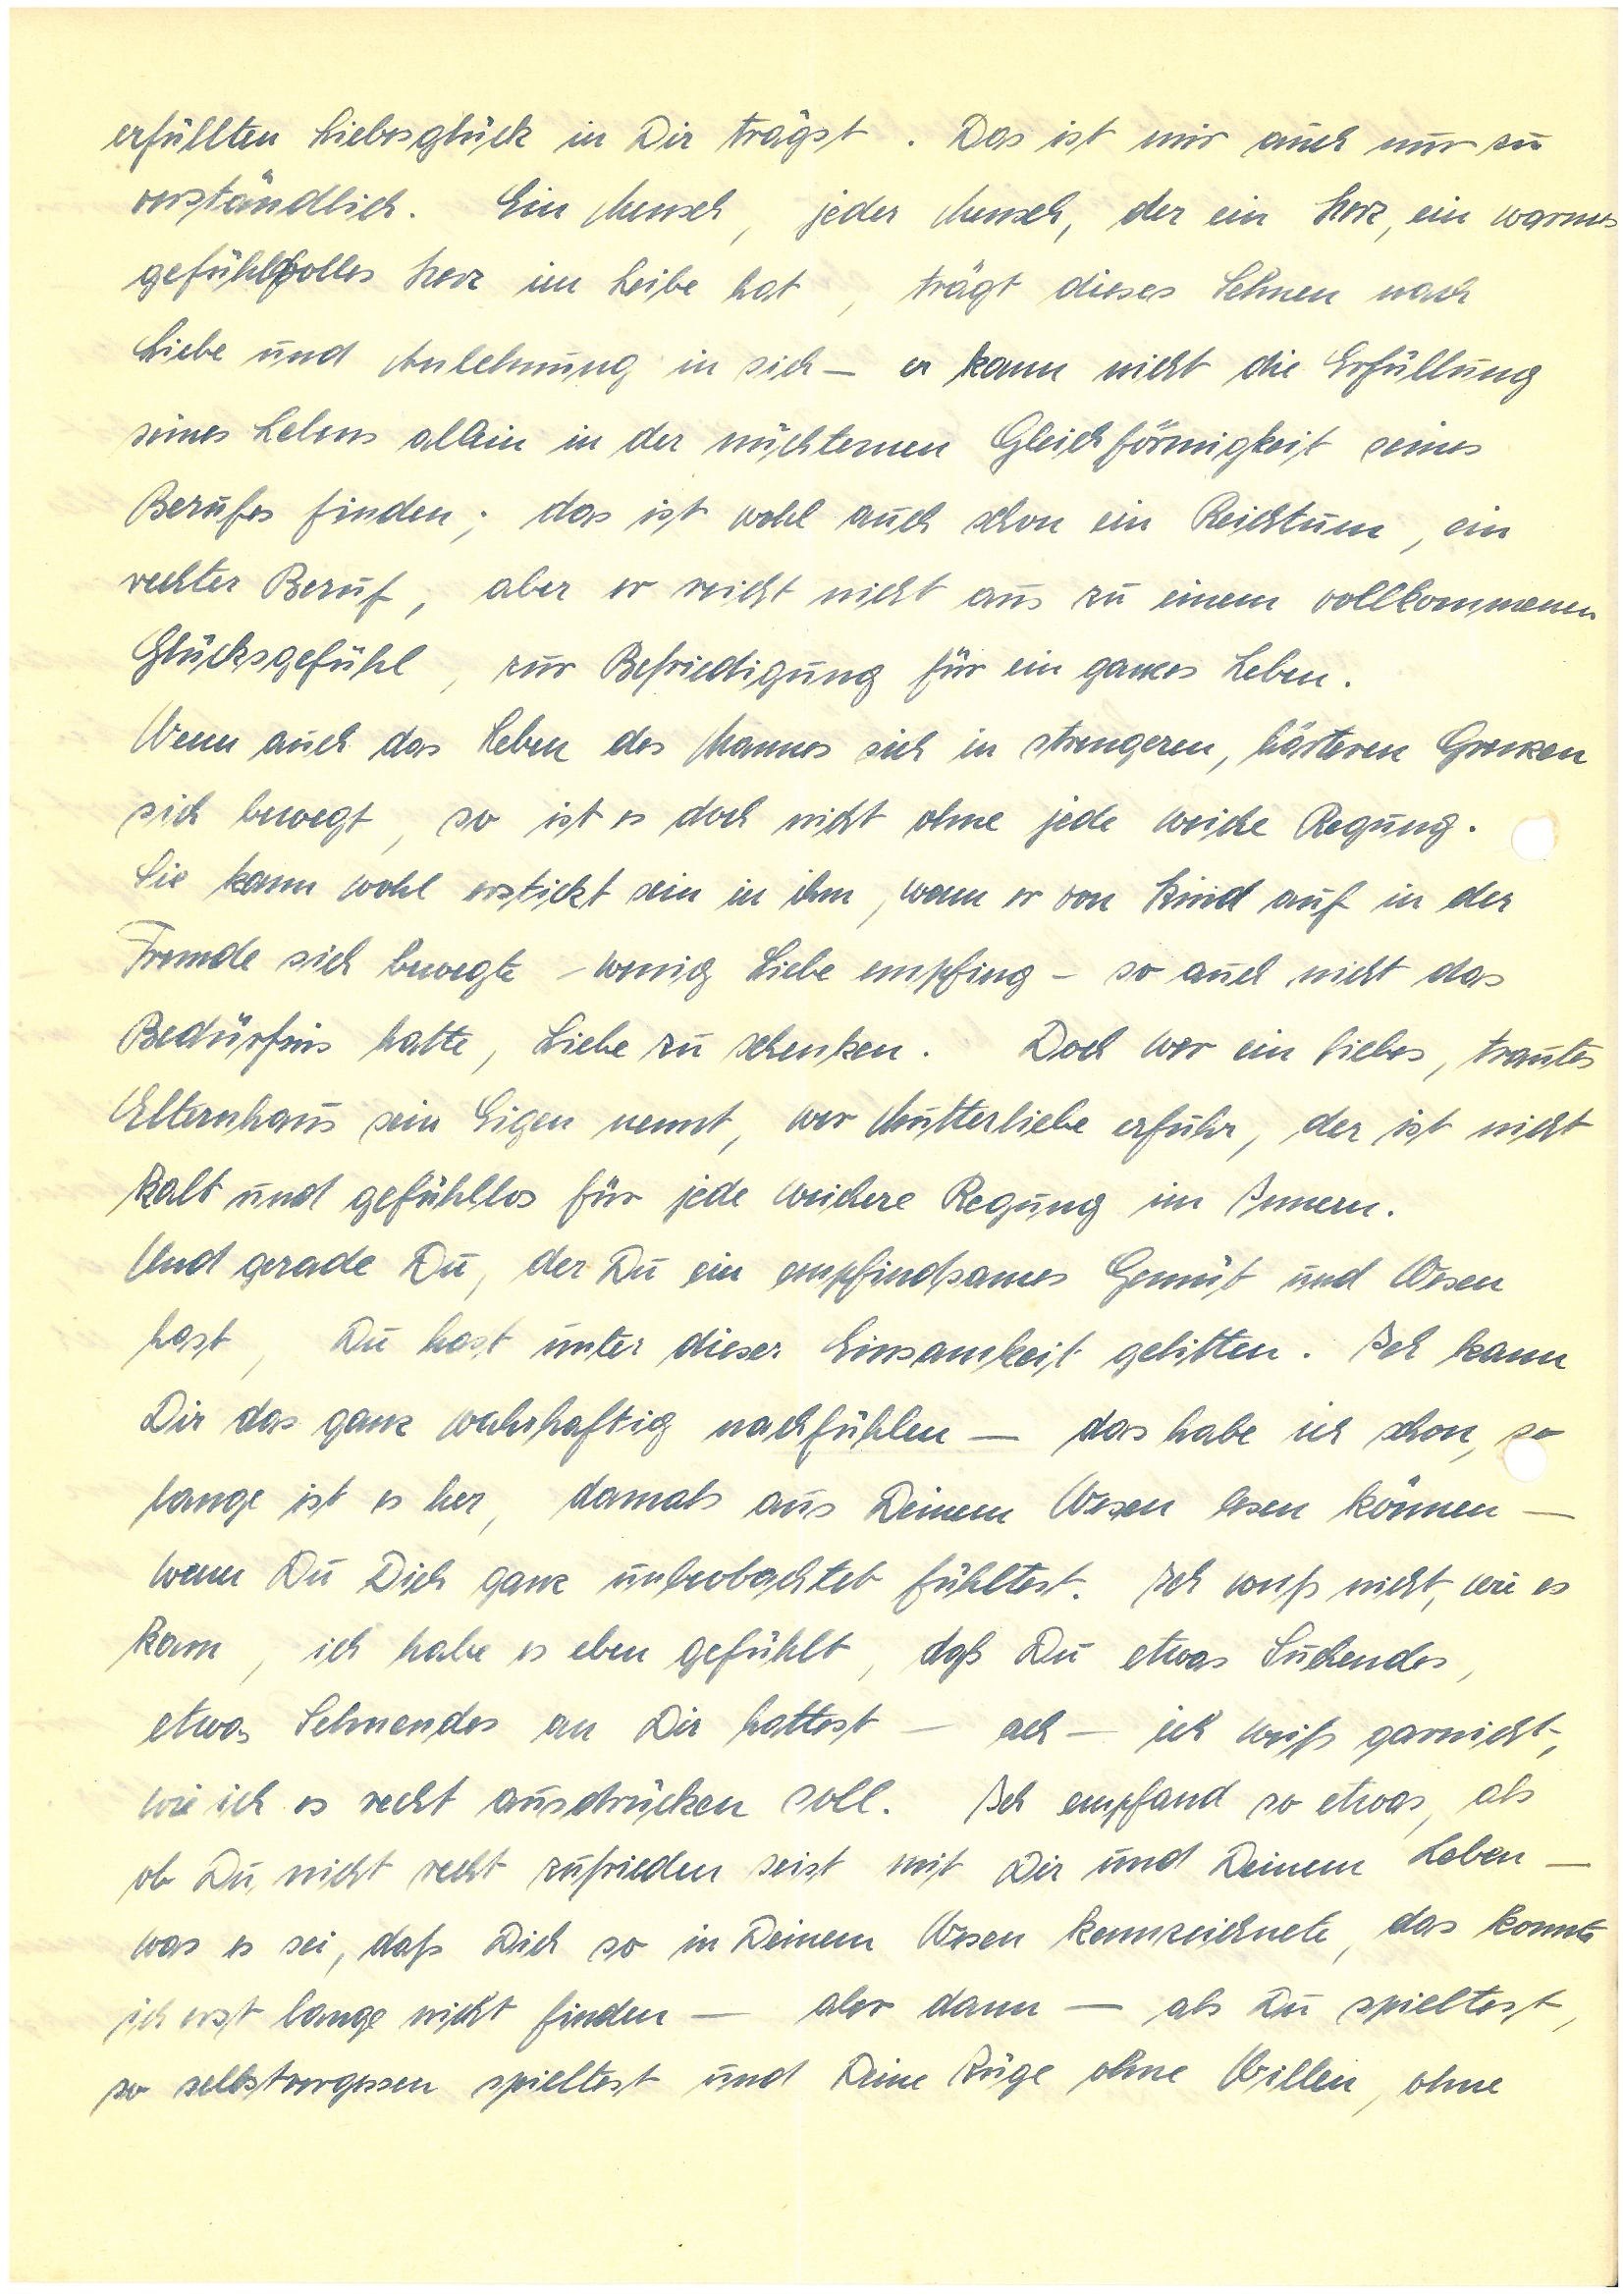
erfüllten Liebesglück in Dir trägst. Das ist mir auch nur zu
verständlich. Ein Mensch, jeder Mensch, der ein Herz, ein warmes
gefühlfvolles Herz im Leibe hat, trägt dieses Sehnen nach
Liebe und Anlehnung in sich – er kann nicht die Erfüllung
seines Lebens allein in der nüchternen Gleichförmigkeit seines
Berufes finden; das ist wohl auch schon ein Reichtum, ein
rechter Beruf, aber er reicht nicht aus zu einem vollkommenen
Glücksgefühl, zur Befriedigung für ein ganzes Leben.
Wenn auch das Leben des Mannes sich in strengeren, härteren Grenzen
sich bewegt, so ist es doch nicht ohne jede weiche Regung.
Sie kann wohl erstickt sein in ihm, wann er von Kind auf in der
Fremde sich bewegte – wenig Liebe empfing – so auch nicht das
Bedürfnis hatte, Liebe zu schenken. Doch wer ein liebes, trautes
Elternhaus sein Eigen nennt, wer Mutterliebe erfuhr, der ist nicht
kalt und gefühllos für jede weichere Regung im Inneren.
Und gerade Du, der Du ein empfindsames Gemüt und Wesen
hast, Du hast unter dieser Einsamkeit gelitten. Ich kann
Dir das ganz wahrhaftig nachfühlen — das habe ich schon, so
lange ist es her, damals aus Deinem Wesen lesen können –
wenn Du Dich ganz unbeobachtet fühltest. Ich weiß nicht, wie es
kam, ich habe es eben gefühlt, daß Du etwas Suchendes,
etwas Sehnendes an Dir hattest – ach – ich weiß garnicht,
wie ich es recht ausdrücken soll. Ich empfand so etwas, als
ob Du nicht recht zufrieden seist mit Dir und Deinem Leben –
was es sei, daß Dich so in Deinem Wesen kennzeichnete, das konnte
ich erst lange nicht finden – aber dann – als Du spieltest,
so selbstvergessen spieltest und Deine Züge ohne Willen, ohne